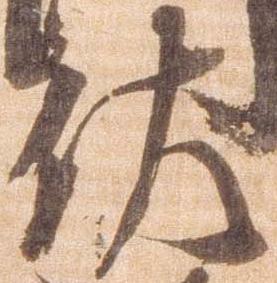
左